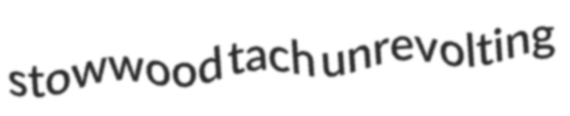
stowwood tach unrevolting